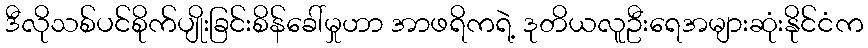
ဒီလိုသစ်ပင်စိုက်ပျိုးခြင်းစိန်ခေါ်မှုဟာ အာဖရိကရဲ့ ဒုတိယလူဦးရေအများဆုံးနိုင်ငံက